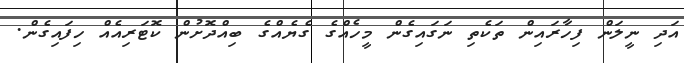
އަދި ނީލަން ފިހާރައިން ތަކެތި ނަގައިގެން މީހެއްގެ ގެޔެއްގެ ބިއްދޮށުން ކޮޓަރިއެއް ހިފައިގެން.